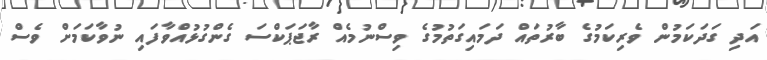
އަދި ގަދަކަމުން ވެރިކަމުގެ ބާރުތައް ދަމައިގަތުމުގެ ވިސްނުމެއް ރާޖަޕަކްސަ ގެންގުޅުއްވާފައި ނުވާކަމަށް ވެސް